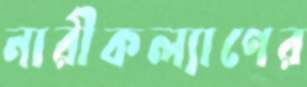
নারীকল্যাণের